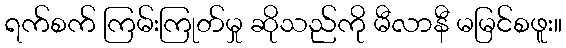
ရက်စက် ကြမ်းကြုတ်မှု ဆိုသည်ကို မီလာနီ မမြင်စဖူး။